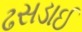
ઢસડાઈ